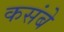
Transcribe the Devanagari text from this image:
कसंबे